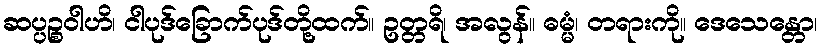
ဆပ္ပဉ္စဝါဟိ၊ ငါပုဒ်ခြောက်ပုဒ်တို့ထက်။ ဥတ္တရိ၊ အလွန်။ ဓမ္မံ၊ တရားကို။ ဒေသေန္တော၊